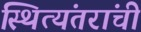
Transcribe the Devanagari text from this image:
स्थित्यंतरांची